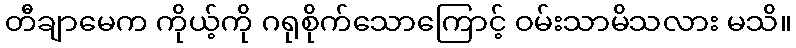
တီချာမေက ကိုယ့်ကို ဂရုစိုက်သောကြောင့် ဝမ်းသာမိသလား မသိ။